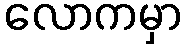
လောကမှာ